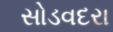
સોડવદરા